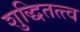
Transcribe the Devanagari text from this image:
शुद्धितत्त्व